Senior Leaving Certificate Examination (including Day School Certificate (Higher) General paper), 1949
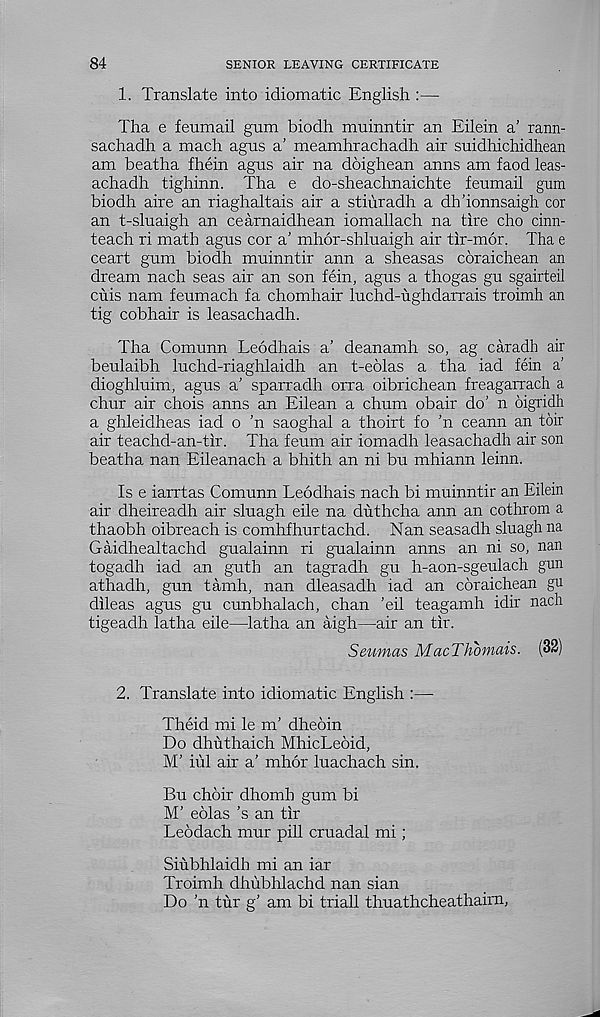
84
SENIOR LEAVING CERTIFICATE
1. Translate into idiomatic English :—
Tha e feumail gum biodh muinntir an Eilein a’ rann-
sachadh a mach agus a’ meamhrachadh air suidhichidhean
am beatha fhein agus air na doighean anns am faod leas-
achadh tighinn. Tha e do-sheachnaichte feumail gum
biodh aire an riaghaltais air a stiuradh a dh’ionnsaigh cor
an t-sluaigh an cearnaidhean iomallach na tire cho cinn-
teach ri math agus cor a’ mhor-shluaigh air tir-mor. Tha e
ceart gum biodh muinntir ann a sheasas coraichean an
dream nach seas air an son fein, agus a thogas gu sgairteil
cuis nam feumach fa chomhair luchd-ughdarrais troimh an
tig cobhair is leasachadh.
Tha Comunn Leodhais a’ deanamh so, ag caradh air
beulaibh luchd-riaghlaidh an t-eolas a tha iad fein a’
dioghluim, agus a’ sparradh orra oibrichean freagarrach a
chur air chois anns an Eilean a chum obair do’ n oigridh
a ghleidheas iad o ’n saoghal a thoirt fo ’n ceann an toir
air teachd-an-tir. Tha feum air iomadh leasachadh air son
beatha nan Eileanach a bhith an ni bu mhiann leinn.
Is e iarrtas Comunn Leodhais nach bi muinntir an Eilein
air dheireadh air sluagh eile na duthcha ann an cothrom a
thaobh oibreach is comhfhurtachd. Nan seasadh sluagh na
Gaidhealtachd gualainn ri gualainn anns an ni so, nan
togadh iad an guth an tagradh gu h-aon-sgeulach gun
athadh, gun tamh, nan dleasadh iad an coraichean gu
dileas agus gu cunbhalach, chan ’eil teagamh idir nach
tigeadh latha eile—latha an aigh—air an tir.
Seumas MacThbmais. (32)
2. Translate into idiomatic English :—•
Theid mi le m’ dheoin
Do dhuthaich MhicLeoid,
M’ iul air a' mhor luachach sin.
Bu choir dhomh gum bi
M’ eolas ’s an tir
Leodach mur pill cruadal mi;
Siubhlaidb mi an iar
Troimh dhubhlachd nan sian
Do ’n tur g’ am bi triall thuathcheathaim,